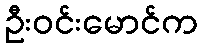
ဦးဝင်းမောင်က